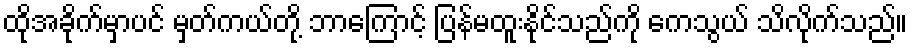
ထိုအခိုက်မှာပင် မှတ်ကယ်တို့ ဘာကြောင့် ပြန်မထူးနိုင်သည်ကို ကေသွယ် သိလိုက်သည်။